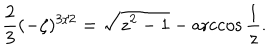
{ \frac { 2 } { 3 } } ( - \zeta ) ^ { 3 / 2 } = \sqrt { z ^ { 2 } - 1 } - \operatorname { a r c c o s } { \frac { 1 } { z } } .